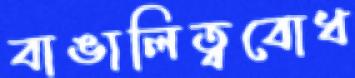
বাঙালিত্ববোধ